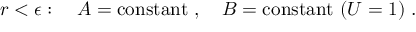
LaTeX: r < \epsilon : ~ ~ ~ A = \mathrm { c o n s t a n t } ~ , ~ ~ ~ B = \mathrm { c o n s t a n t } ~ ( U = 1 ) ~ .